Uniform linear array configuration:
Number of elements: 8
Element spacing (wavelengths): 0.25
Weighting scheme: cosine
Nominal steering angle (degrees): -45
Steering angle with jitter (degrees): -45.201
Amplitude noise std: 0.05
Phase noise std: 0.05

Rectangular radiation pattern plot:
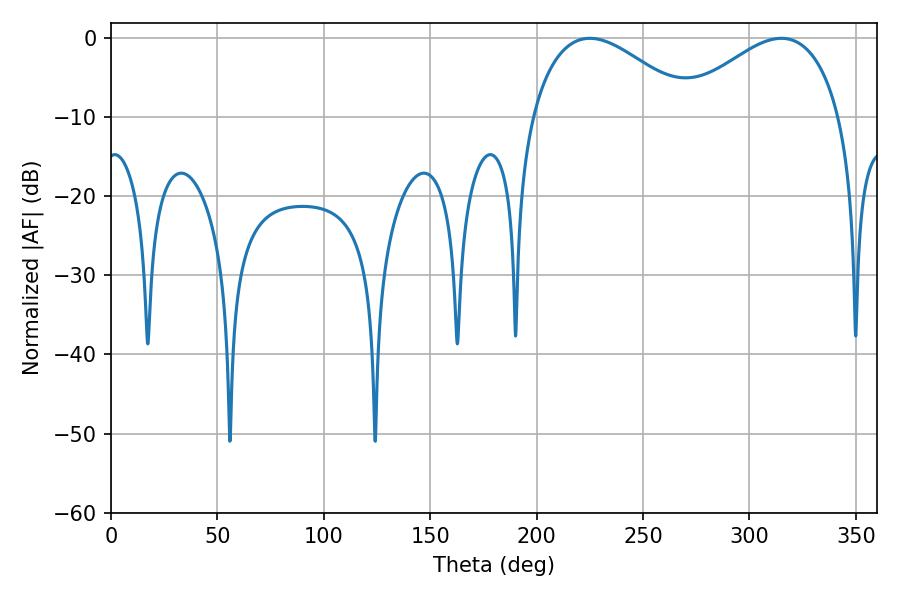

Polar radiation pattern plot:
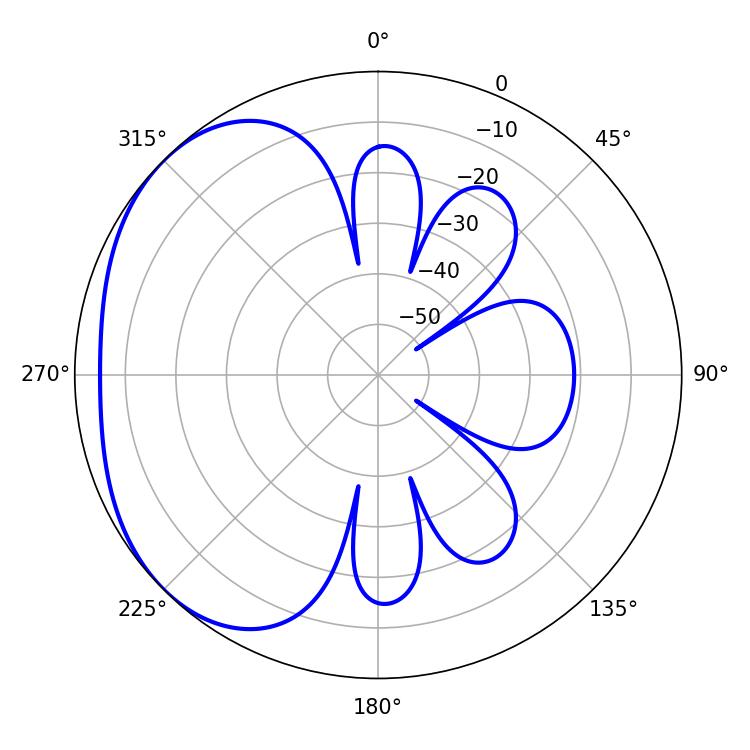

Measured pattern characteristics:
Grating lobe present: FALSE
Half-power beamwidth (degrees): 41.4
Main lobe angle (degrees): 225